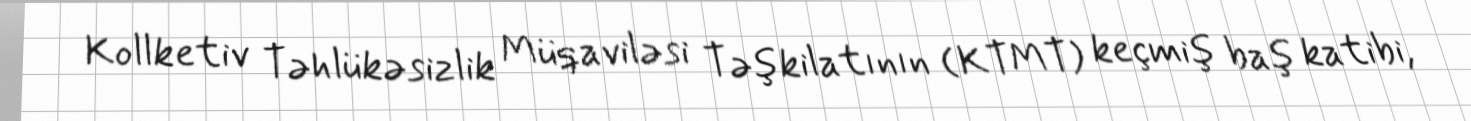
Kollketiv Təhlükəsizlik Müqaviləsi Təşkilatının (KTMT) keçmiş baş katibi,